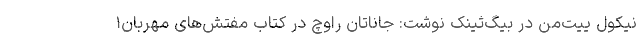
نیکول ییت‌من در بیگ‌ثینک نوشت: جاناتان راوچ در کتاب مفتش‌های مهربان۱